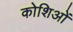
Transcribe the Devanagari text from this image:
कोशिओं